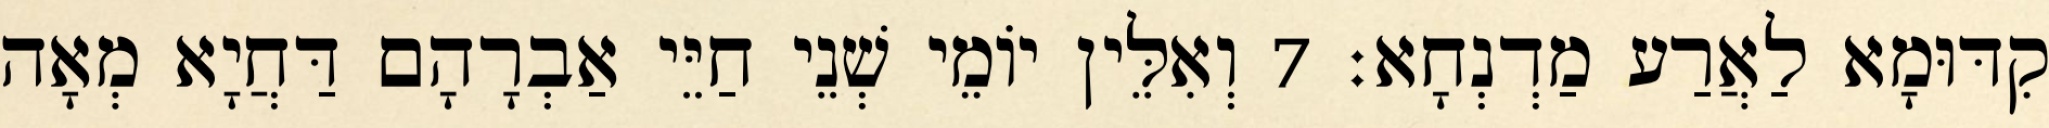
קִדּוּמָא לַאֲרַע מַדְנְחָא׃ 7 וְאִלֵּין יוֹמֵי שְׁנֵי חַיֵּי אַבְרָהָם דַּחֲיָא מְאָה